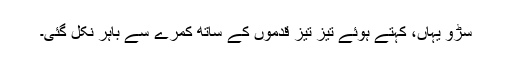
سڑو یہاں، کہتے ہوئے تیز تیز قدموں کے ساتھ کمرے سے باہر نکل گئی۔